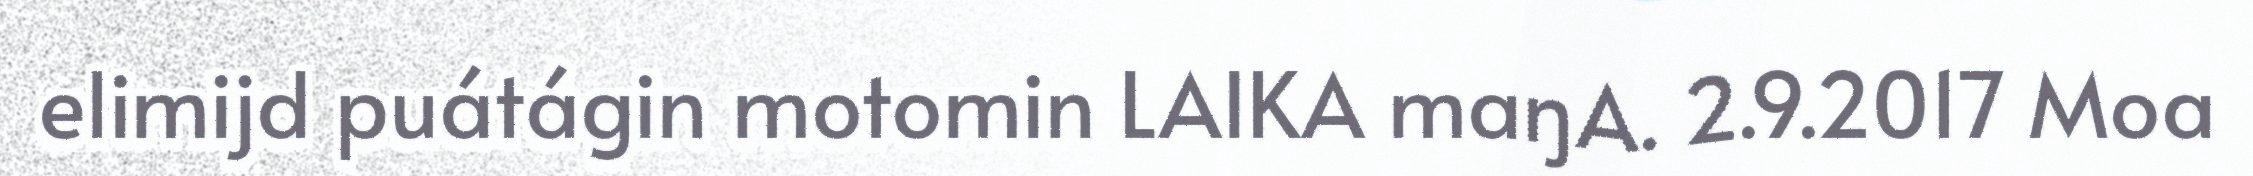
elimijd puátágin motomin LAIKA maŋA. 2.9.2017 Moa